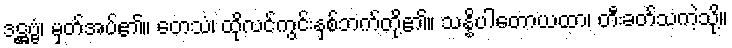
ဒဋ္ဌဗ္ဗံ၊ မှတ်အပ်၏။ တေသံ၊ ထိုလင်ကွင်းနှစ်ဘက်တို့၏။ သန္နိပါတောယထာ၊ တီးခတ်သကဲ့သို့။